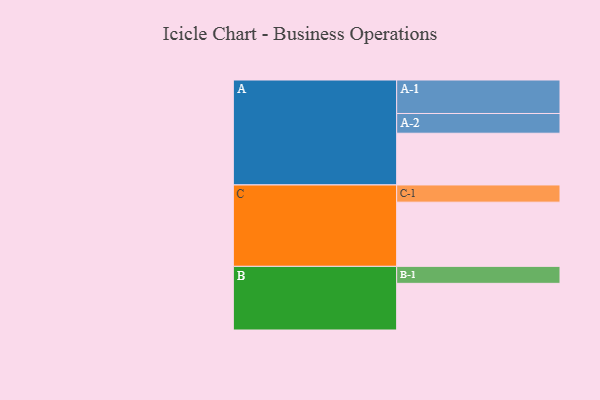
{"axis": {"x": "Segment", "y": "Value"}, "legend": ["", "A", "B", "C"], "data": [{"x": "A", "y": 448, "type": ""}, {"x": "B", "y": 404, "type": ""}, {"x": "C", "y": 556, "type": ""}, {"x": "A-1", "y": 290, "type": "A"}, {"x": "A-2", "y": 171, "type": "A"}, {"x": "B-1", "y": 147, "type": "B"}, {"x": "C-1", "y": 149, "type": "C"}]}